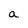
Character: a